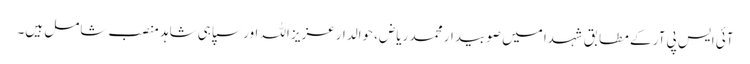
آئی ایس پی آر کے مطابق شہدا میں صوبیدار محمد ریاض، حوالدارعزیز اللہ اور سپاہی شاہد منصب شامل ہیں۔